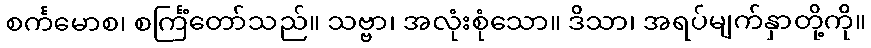
စင်္ကမောစ၊ စင်္ကြံတော်သည်။ သဗ္ဗာ၊ အလုံးစုံသော။ ဒိသာ၊ အရပ်မျက်နှာတို့ကို။